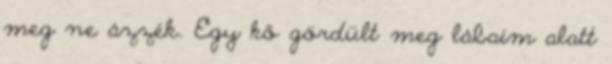
meg ne ázzék. Egy kő gördült meg lábaim alatt